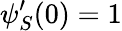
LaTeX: \psi_{S}^{\prime}(0)=1